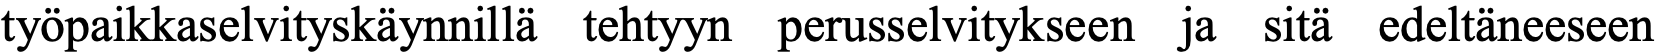
työpaikkaselvityskäynnillä tehtyyn perusselvitykseen ja sitä edeltäneeseen